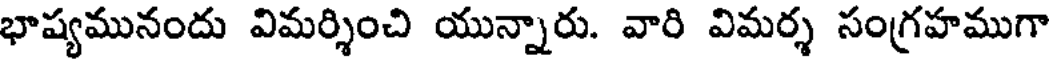
భాష్యమునందు విమర్శించి యున్నారు. వారి విమర్శ సంగ్రహముగా